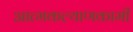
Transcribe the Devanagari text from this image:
आत्मकल्याणकामी